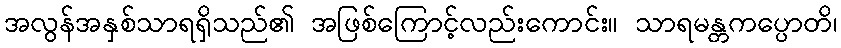
အလွန်အနှစ်သာရရှိသည်၏ အဖြစ်ကြောင့်လည်းကောင်း။ သာရမန္တကပ္ပောတိ၊